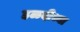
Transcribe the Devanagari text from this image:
हळदीच्या